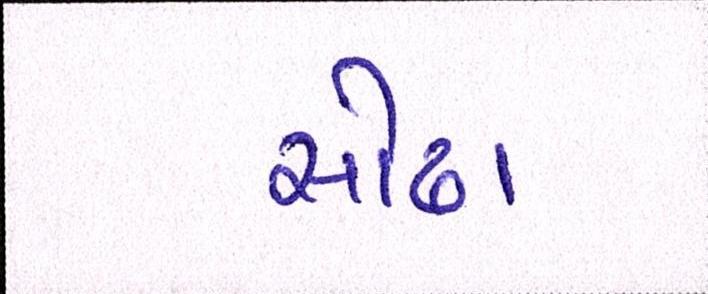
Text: સોઢા